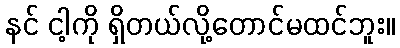
နင် ငါ့ကို ရှိတယ်လို့တောင်မထင်ဘူး။